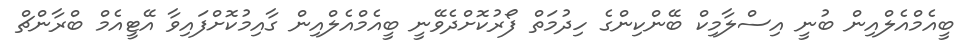
ބީއެމްއެލްއިން ބުނީ އިސްލާމިކް ބޭންކިންގެ ހިދުމަތް ފޯރުކޮށްދެވޭނީ ބީއެމްއެލްއިން ގާއިމުކޮށްފައިވާ އޭޓީއެމް ބްރާންޗް